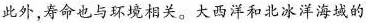
此外，寿命也与环境相关。大西洋和北冰洋海城的